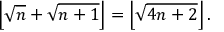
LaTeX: \left\lfloor { \sqrt { n } } + { \sqrt { n + 1 } } \right\rfloor = \left\lfloor { \sqrt { 4 n + 2 } } \right\rfloor .